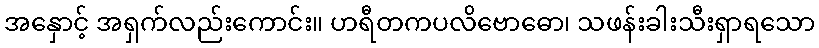
အနှောင့် အရှက်လည်းကောင်း။ ဟရီတကပလိဗောဓော၊ သဖန်းခါးသီးရှာရသော